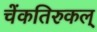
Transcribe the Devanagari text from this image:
चेंकतिरुकल्